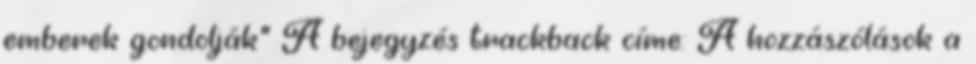
emberek gondolják" A bejegyzés trackback címe: A hozzászólások a